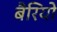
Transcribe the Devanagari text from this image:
बैरियो